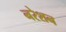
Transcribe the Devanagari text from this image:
नरेशन